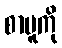
စာမူကို